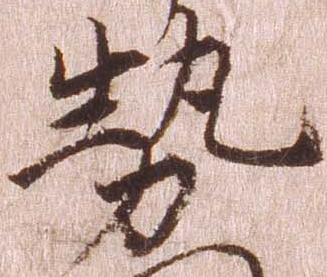
勢